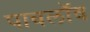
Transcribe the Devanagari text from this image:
पावलॉव